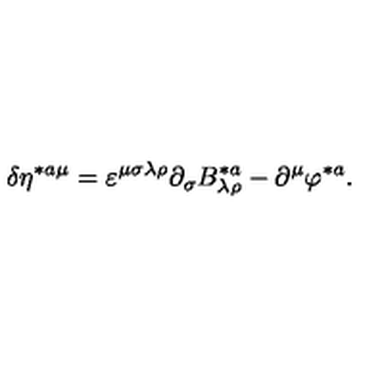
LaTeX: \delta \eta ^ { * a \mu } = \varepsilon ^ { \mu \sigma \lambda \rho } \partial _ { \sigma } B _ { \lambda \rho } ^ { * a } - \partial ^ { \mu } \varphi ^ { * a } .